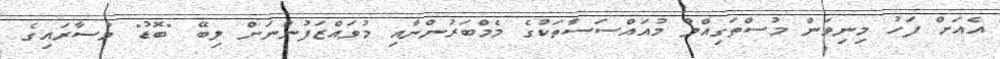
އެއަށް ފަހު މިނިވަން މުސްތަގިއްލު މުއައްސަސާތަކުގެ މެމްބަރުންނާއި މުވައްޒަފުންނަށް ލިބޭ "ބޮޑު" މުސާރައިގެ